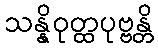
သန္နိဝုတ္ထပုဗ္ဗန္တိ